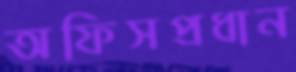
অফিসপ্রধান